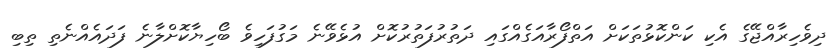
ދިވެހިރާއްޖޭގެ އެކި ކަންކޮޅުތަކަށް އަތްފޯރާއަގެއްގައި ދަތުރުފަތުރުކޮށް އުޅެވޭނެ މަގުފަހިވެ ބޯހިޔާކޮށްލާނެ ފަދައެއްނެތި ތިބި